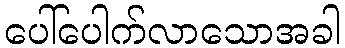
ပေါ်ပေါက်လာသောအခါ